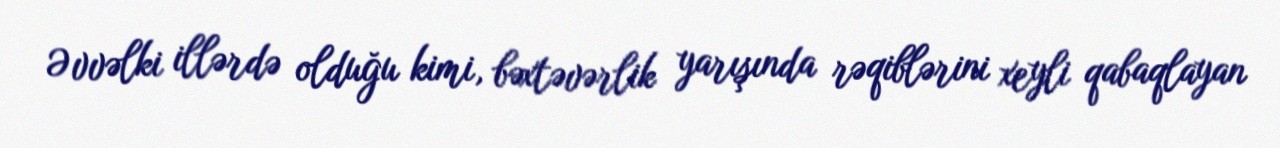
Əvvəlki illərdə olduğu kimi, bəxtəvərlik yarışında rəqiblərini xeyli qabaqlayan